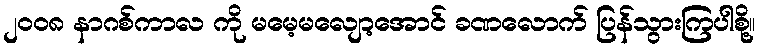
၂၀၀၈ နာဂစ်ကာလ ကို မမေ့မလျော့အောင် ခဏလောက် ပြန်သွားကြပါစို့။